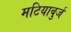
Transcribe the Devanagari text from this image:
मटियाबुर्ज